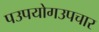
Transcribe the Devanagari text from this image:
पउपयोगउपचार